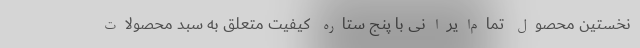
نخستین محصول تمام‌ایرانی با پنج ستاره کیفیت متعلق به سبد محصولات